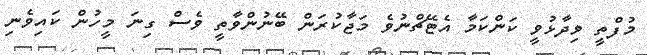
މުފްތީ ވިދާޅުވީ ކަންކަމާ އެޓޭޗްނުވެ މަޖާކުރަން ބޭނުންވާތީ ވެސް ގިނަ މީހުން ކައިވެނި